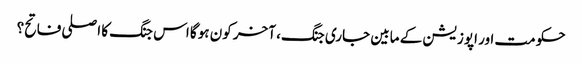
حکومت اور اپوزیشن کے مابین جاری جنگ، آخر کون ہوگا اس جنگ کا اصلی فاتح؟